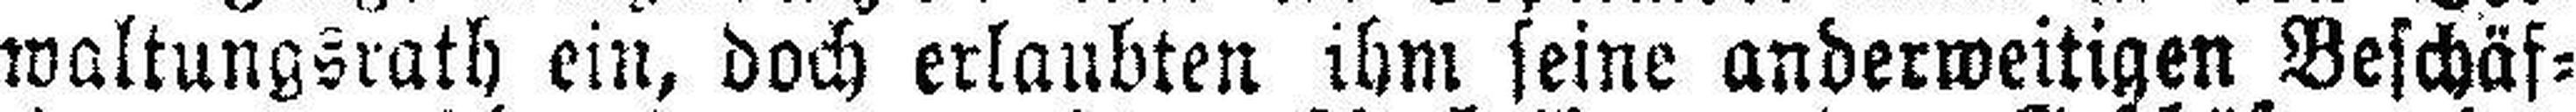
waltungsrath ein, doch erlaubten ihm seine anderweitigen Beschäf¬